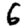
Digit: 6